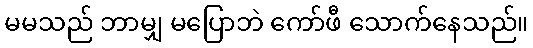
မမသည် ဘာမျှ မပြောဘဲ ကော်ဖီ သောက်နေသည်။